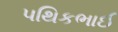
પથિકભાઈ